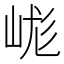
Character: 㟌